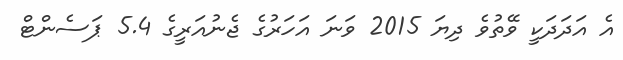
އެ އަދަދަކީ ވޭތުވެ ދިޔަ 2015 ވަނަ އަހަރުގެ ޖެނުއަރީގެ 5.4 ޕަސެންޓް